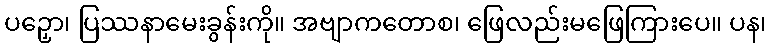
ပဉှော၊ ပြဿနာမေးခွန်းကို။ အဗျာကတောစ၊ ဖြေလည်းမဖြေကြားပေ။ ပန၊